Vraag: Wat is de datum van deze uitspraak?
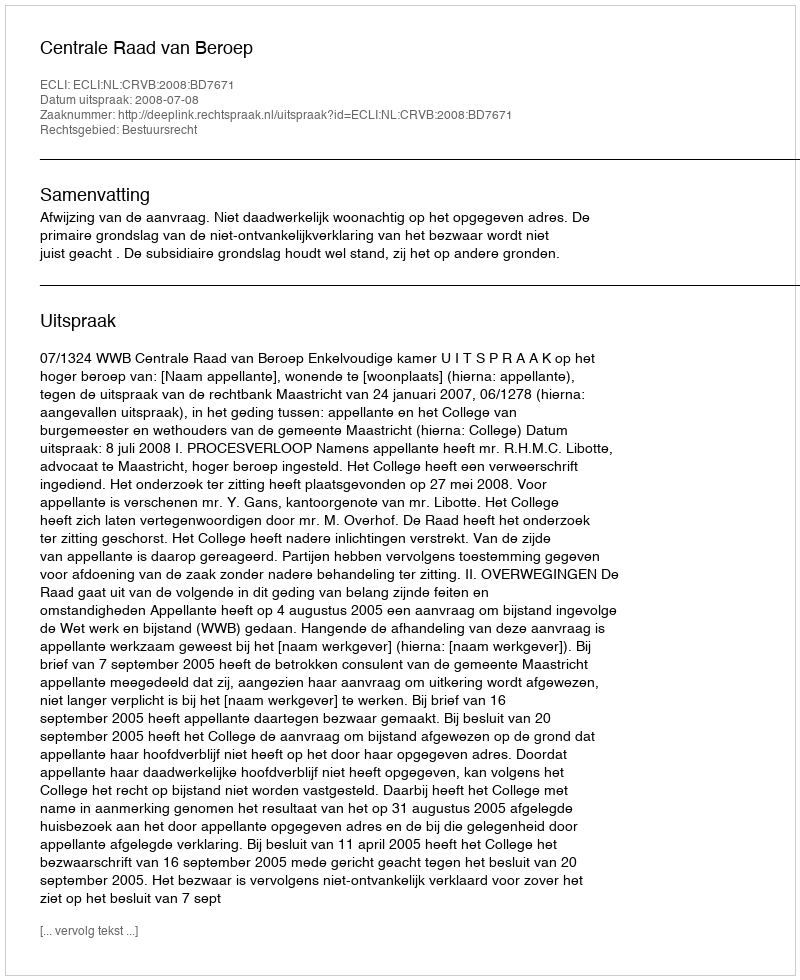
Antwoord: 2008-07-08